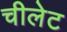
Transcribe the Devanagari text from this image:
चीलेट